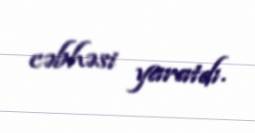
cəbhəsi yaratdı.